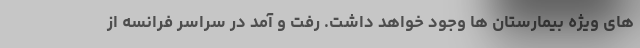
های ویژه بیمارستان ها وجود خواهد داشت. رفت و آمد در سراسر فرانسه از